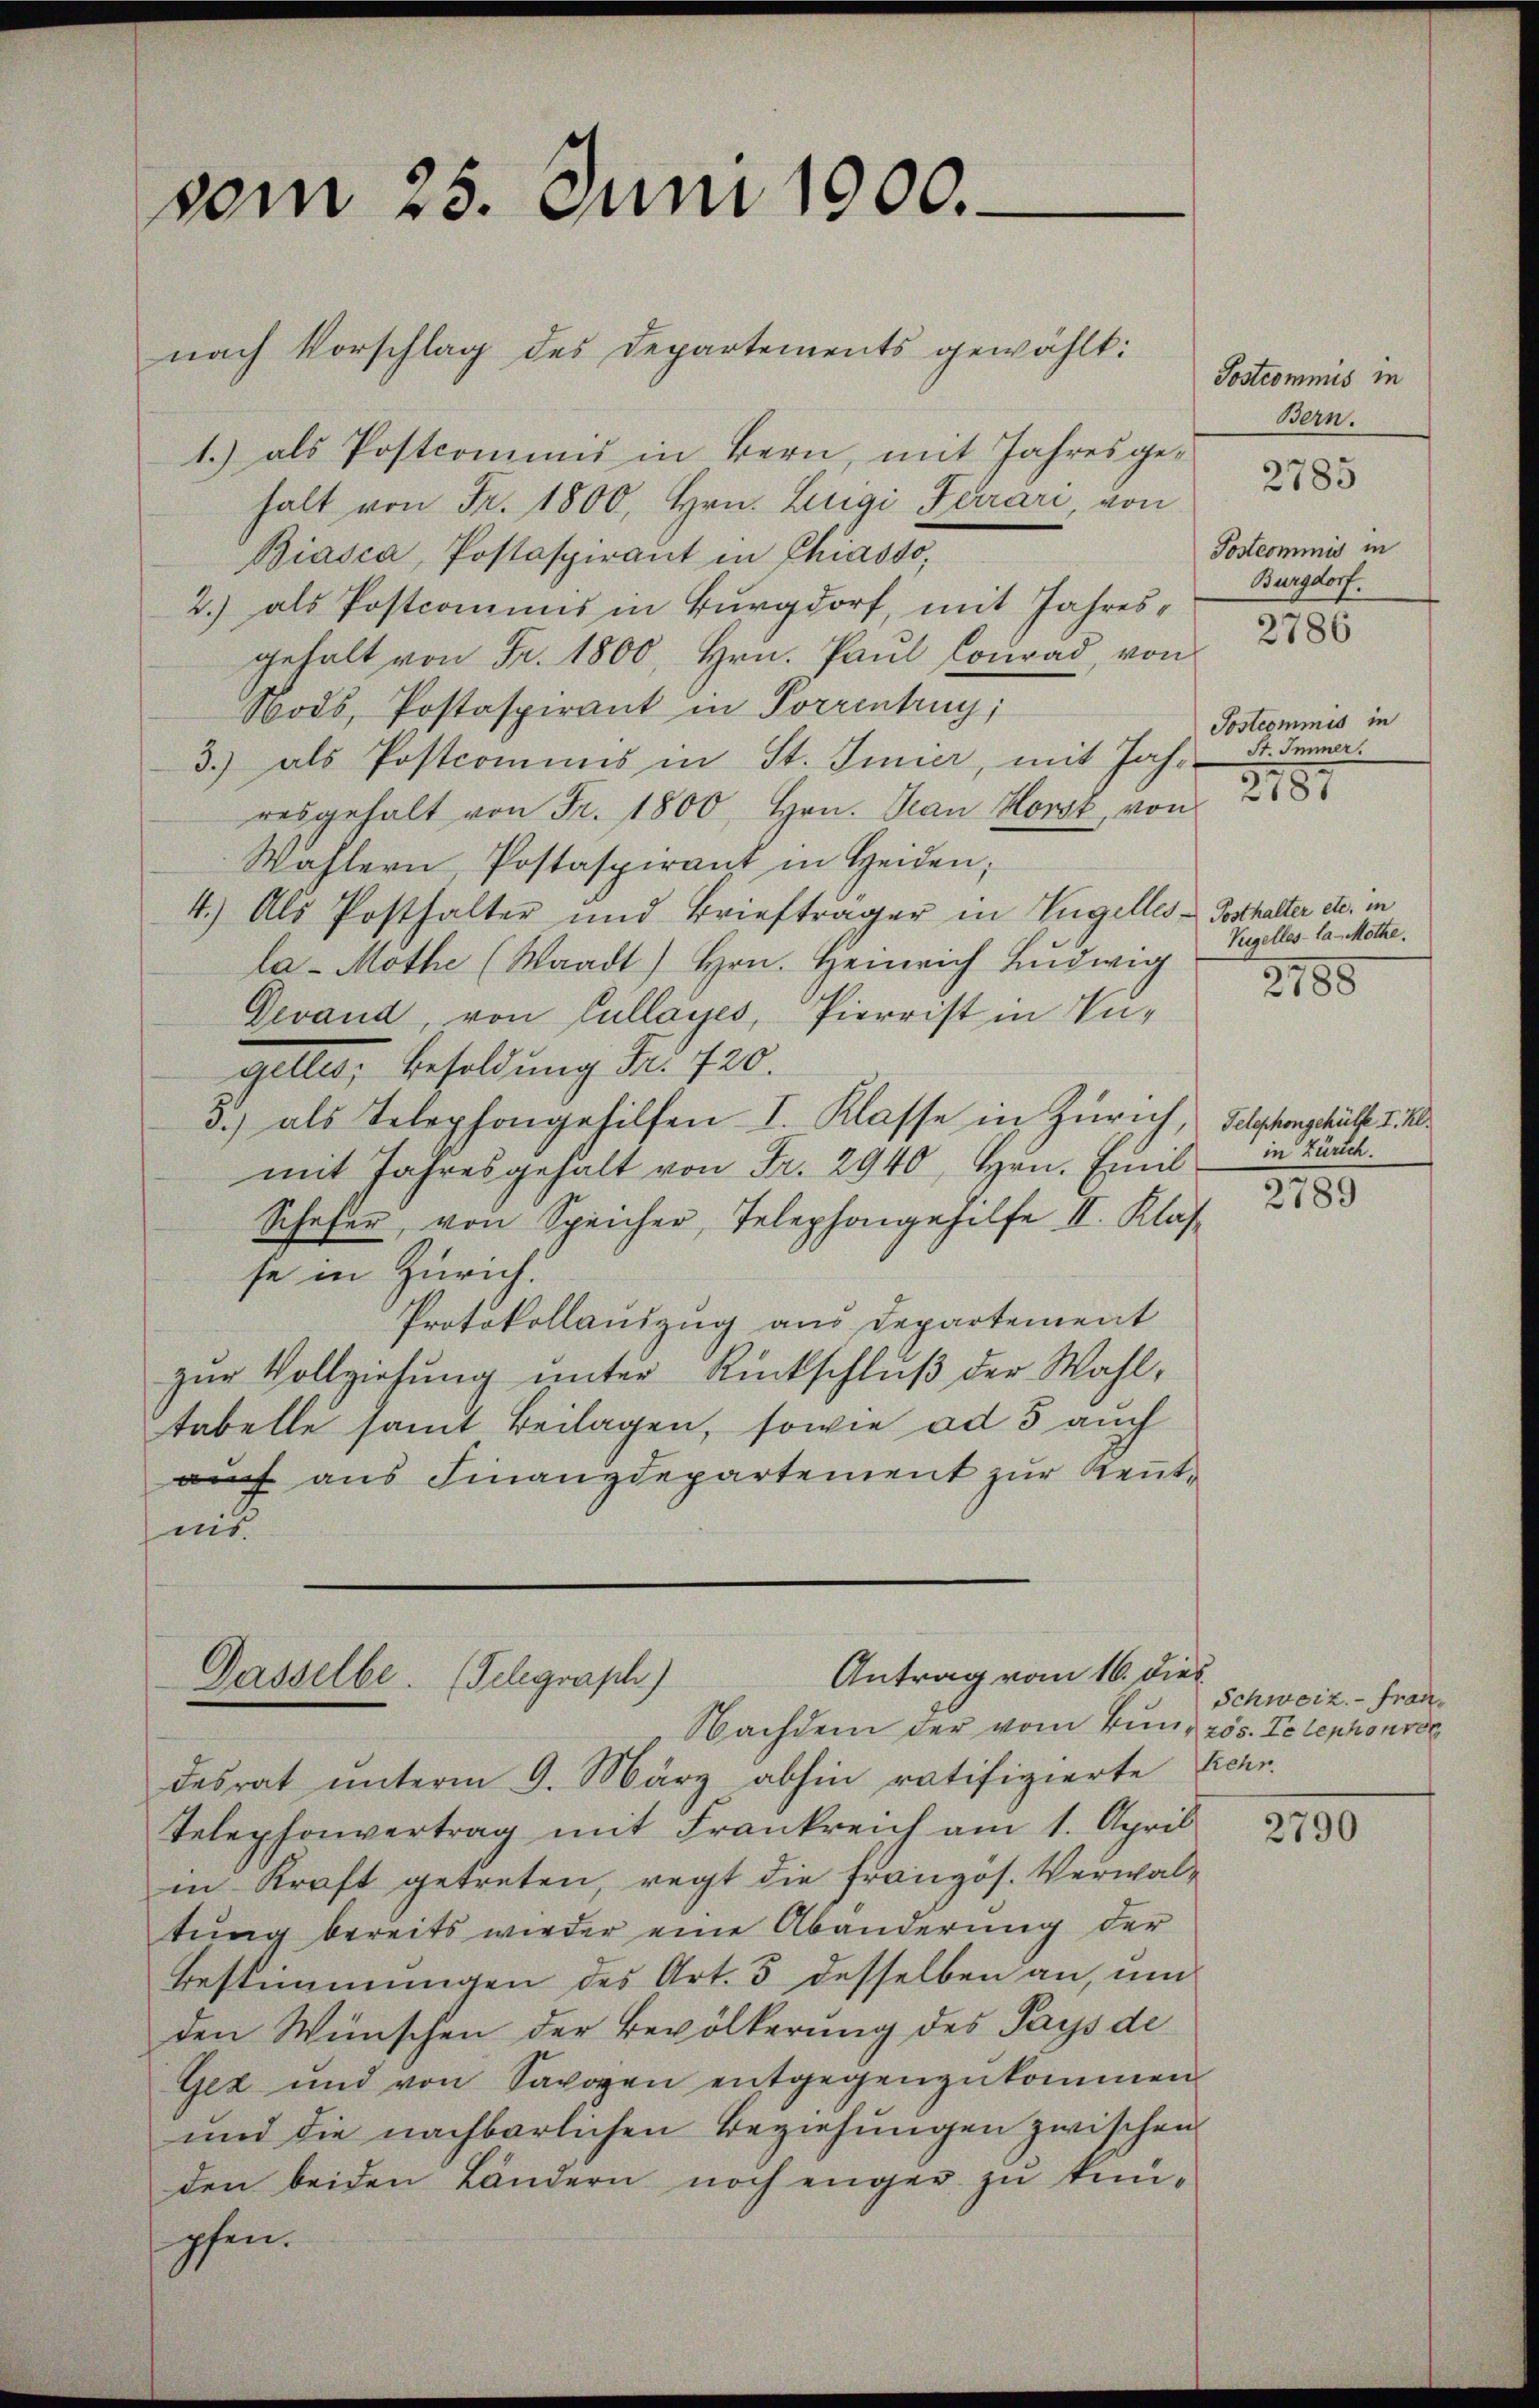
vom 25. Juni 1900.
nach Vorschlag des Departements gewählt:

1.) als Postcommis in Bern, mit Jahres gehalt von Fr. 1800, Hrn. Luigi Ferrari, von
Biasca, Postaspirant in Chiasso,
2.) als Postcomuns in Burgdorf, mit Jahresgehalt von Fr. 1800, Hrn. Paul Conrad, von
Bods, Postaspirant in Porrentrug;
3.) als Postcommis in St. Imier, mit Jahr.
resgehalt von Fr. 1800, Hrn. Jean Horst, von 188
Wahlern, Postaspirant in Heiden;
4.) Als Posthalter und Briefträger in Engelles - Posthalter etc. in
la-Mothe (Waadt) Hrn. Heinrich Ludwig
Devand von Cullages, Pierrist in Ungelten, Besoldung Nr. 120.
3.) als Telephongehilfen I. Klasse in Zürich, Telephongehülfe v. M.
in Zürich.
mit Jahresgehalt von Fr. 2940, Hrn. Emil
Schafer, von Speicher, Telephongehilfe II. Klas. 288
se in Zürich.
Protokollauszug aus Departement
zur Vollziehung unter Rückschluß der Wahl,
tabelle samt Beilagen, sowie ad 3 auch
auch aus Finanzdepartement zur Kenntmitt

Antrag vom 16. dies
Dasselbe. (Telegraph)

Nachdem der vom Bungzös. Telephonven
desrat unterm 9. März abhin ratifizierte Zehn-
Telephonvertrag mit Frankreich am 1. April
in Kraft getreten, regt die französ. Verwaltung bereits wieder eine Abänderung der
Bestimmungen des Art. 3 desselben an, um
den Wünschen der Bevölkerung des Pays de
Gez und von Savoyen entgegenzukommen
und die nachbarlichen Beziehungen zwischen
den beiden Ländern noch enger zu kenpchen.

Postcommis in
Bern.
2785
Postcommis in
Burgdorf.
2786

Postcommis in
St. Immer.

Viegelles la - Möthe.
2185

Schweiz.- Fran¬

2790